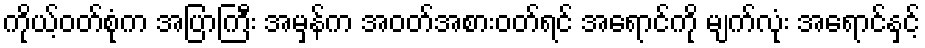
ကိုယ့်ဝတ်စုံက အပြာကြီး အမှန်က အဝတ်အစားဝတ်ရင် အရောင်ကို မျက်လုံး အရောင်နှင့်